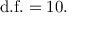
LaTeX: { \mathrm { d . f . } } = 1 0 .